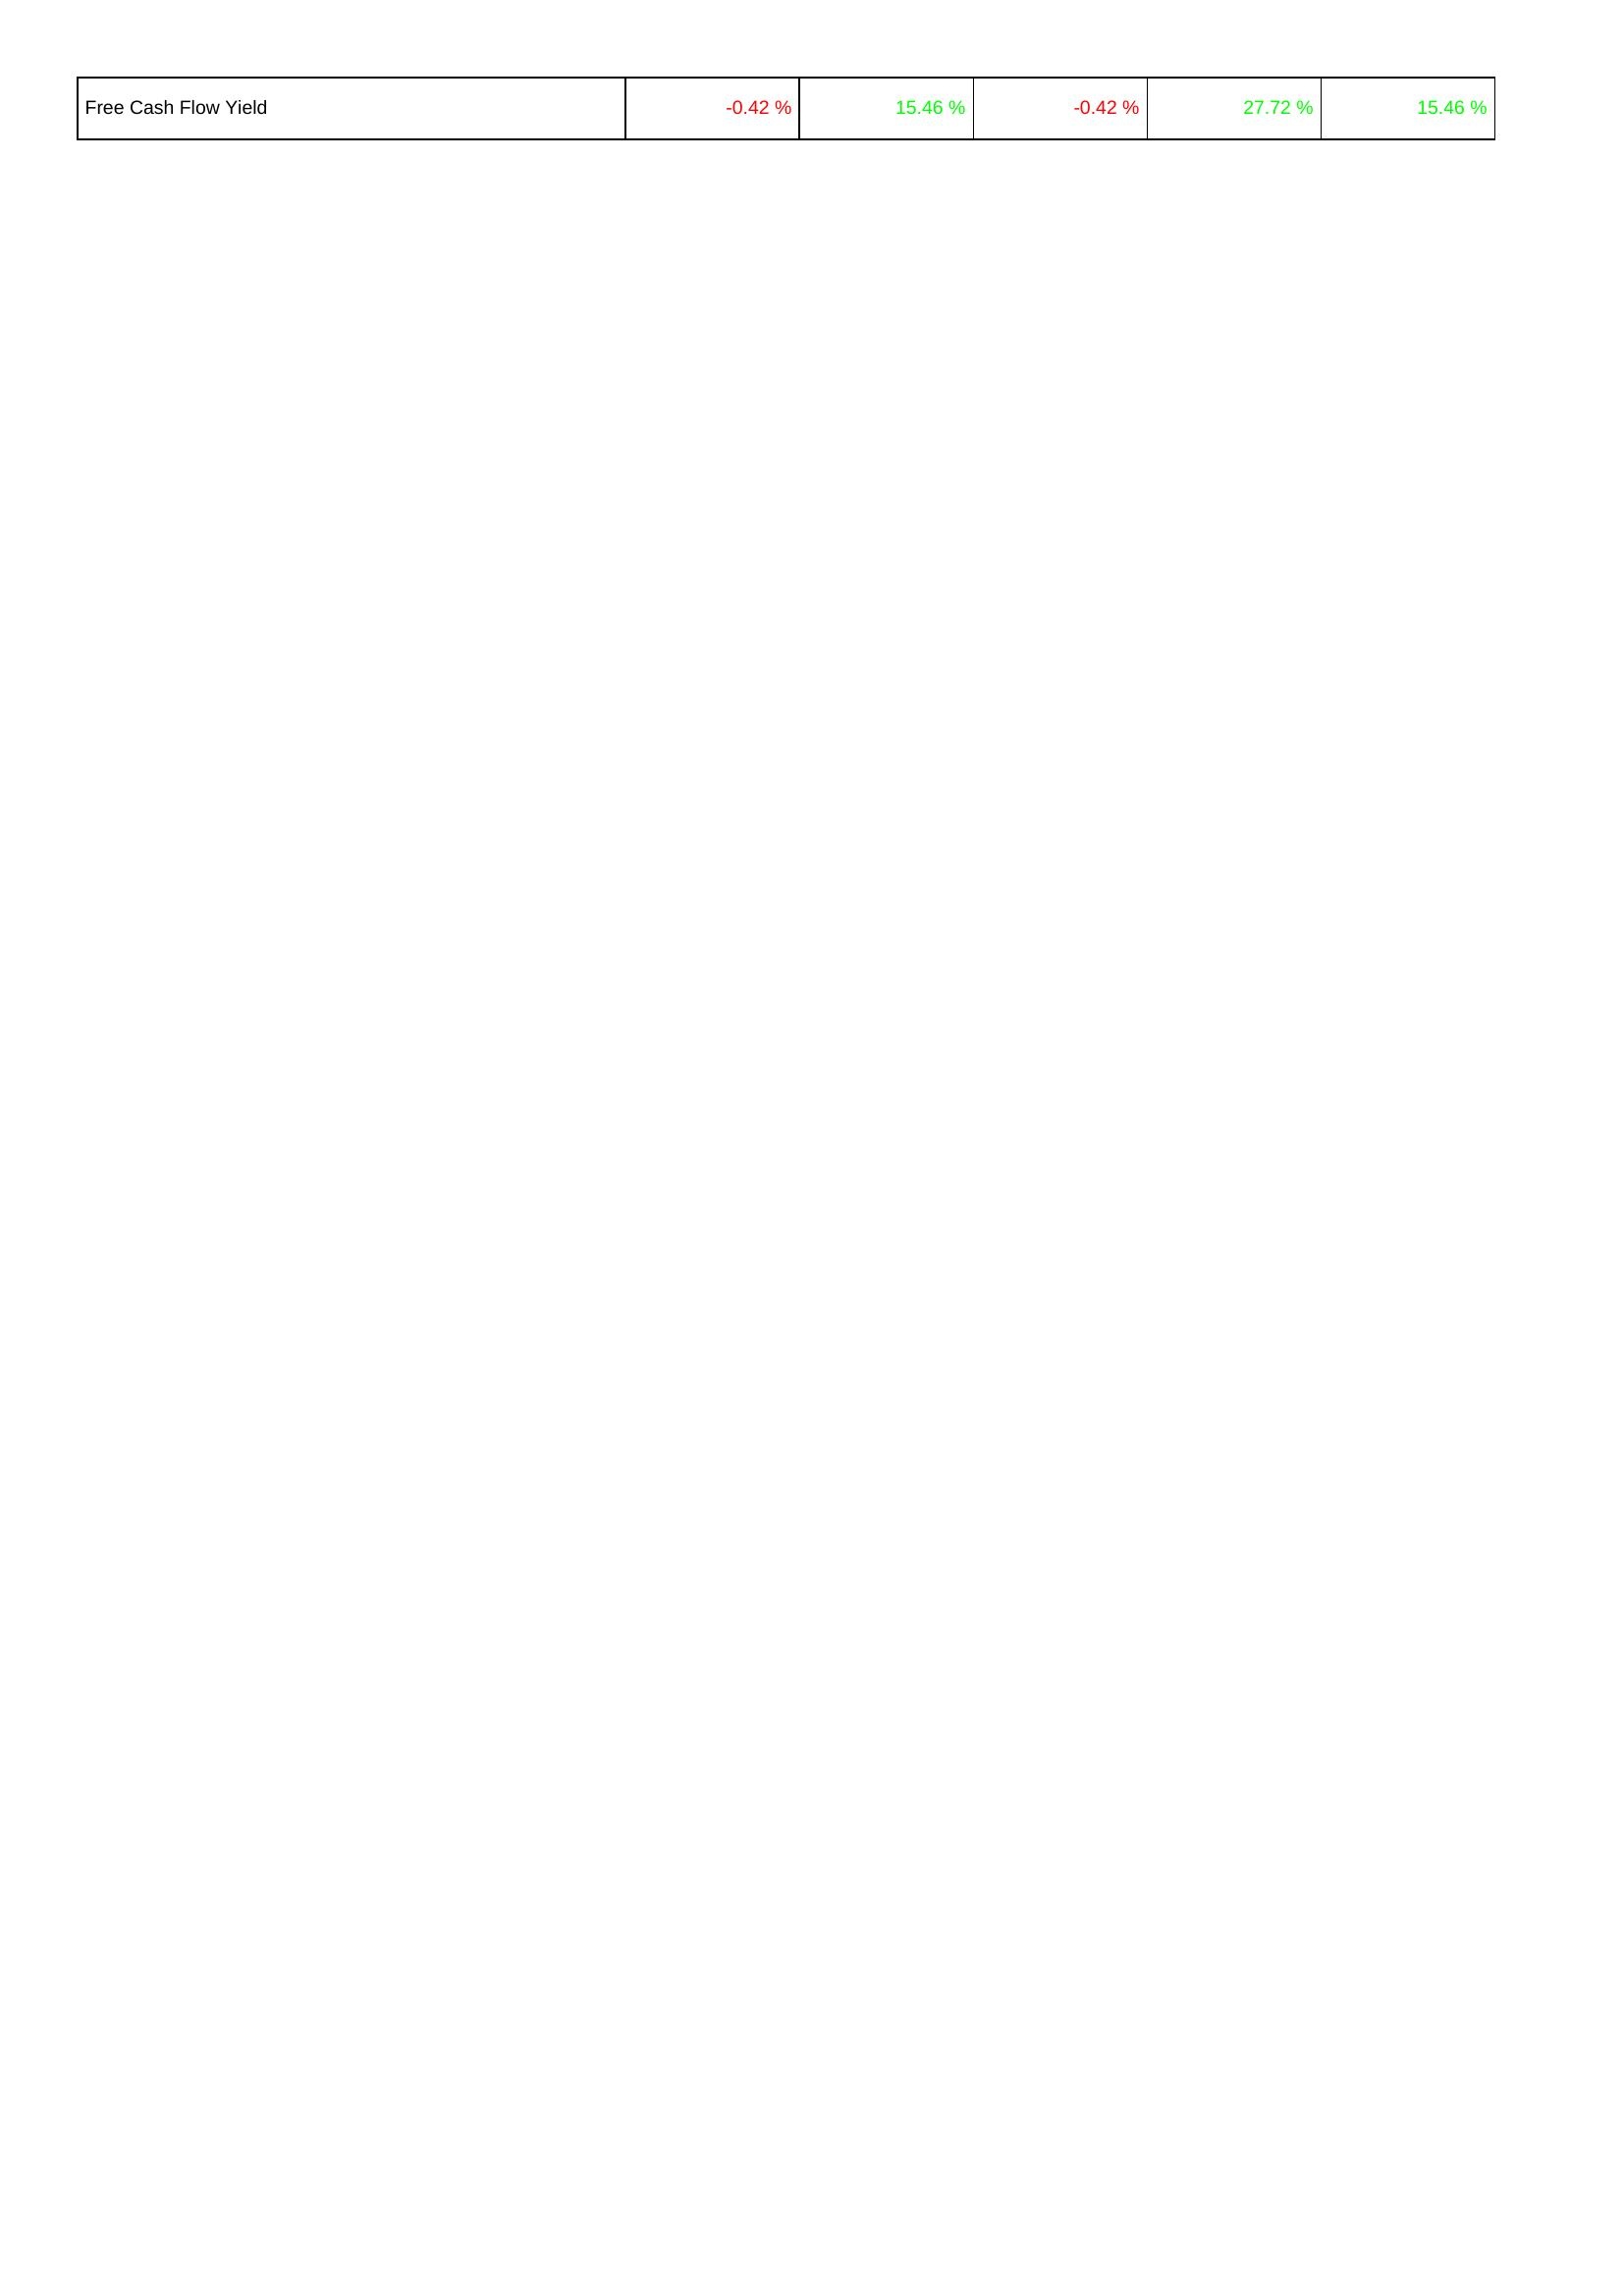
2020: Financing Activities: Free Cash Flow Yield: -0.42 %
2019: Financing Activities: Free Cash Flow Yield: 15.46 %
2018: Financing Activities: Free Cash Flow Yield: -0.42 %
2017: Financing Activities: Free Cash Flow Yield: 27.72 %
2016: Financing Activities: Free Cash Flow Yield: 15.46 %